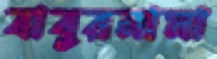
বাবুরনামা